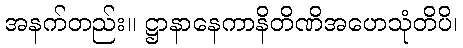
အနက်တည်း။ ဋ္ဌာနာနေကာနိတိဏိအဟေသုံတိပိ၊